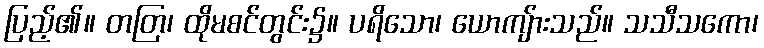
ပြည့်၏။ တတြ၊ ထိုမစင်တွင်း၌။ ပရိသော၊ ယောကျ်ားသည်။ သသီသကော၊